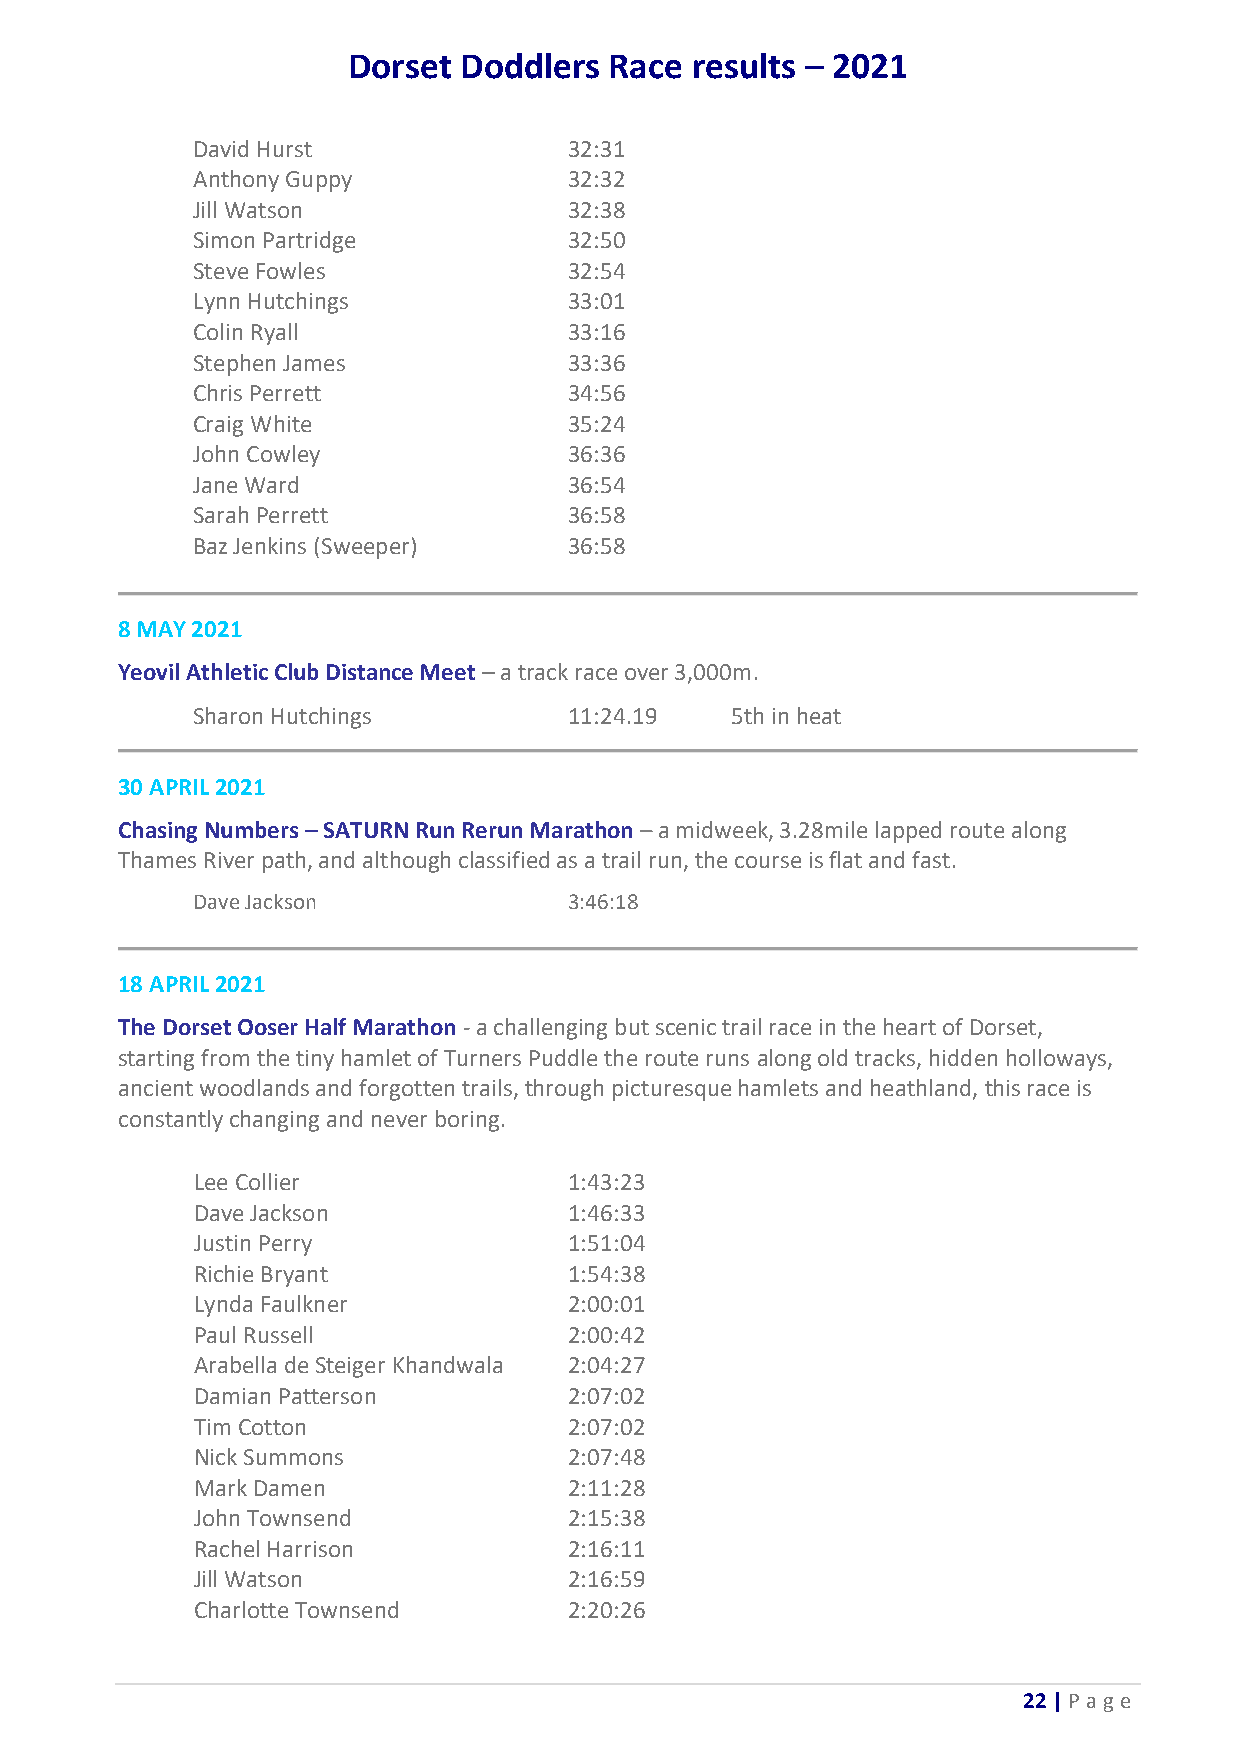
Dorset Doddlers  Race  results – 2021
 David Hurst              32:31
 Anthony Guppy            32:32
 Jill Watson              32:38
 Simon Partridge          32:50
 Steve Fowles             32:54
 Lynn Hutchings           33:01
 Colin Ryall              33:16
 Stephen James            33:36
 Chris Perrett            34:56
 Craig White              35:24
 John Cowley              36:36
 Jane Ward                36:54
 Sarah Perrett            36:58
 Baz Jenkins (Sweeper)    36:58
 8 MAY 2021
 Yeovil Athletic Club Distance Meet – a track race over 3,000m.
 Sharon Hutchings         11:24.19  5th in heat
 30 APRIL 2021
 Chasing Numbers – SATURN Run Rerun Marathon – a midweek, 3.28mile lapped route along
 Thames River path, and although classified as a trail run, the course is flat and fast.
 Dave Jackson             3:46:18
 18 APRIL 2021
 The Dorset Ooser Half Marathon - a challenging but scenic trail race in the heart of Dorset,
 starting from the tiny hamlet of Turners Puddle the route runs along old tracks, hidden holloways,
 ancient woodlands and forgotten trails, through picturesque hamlets and heathland, this race is
 constantly changing and never boring.
 Lee Collier              1:43:23
 Dave Jackson             1:46:33
 Justin Perry             1:51:04
 Richie Bryant            1:54:38
 Lynda Faulkner           2:00:01
 Paul Russell             2:00:42
 Arabella de Steiger Khandwala 2:04:27
 Damian Patterson         2:07:02
 Tim Cotton               2:07:02
 Nick Summons             2:07:48
 Mark Damen               2:11:28
 John Townsend            2:15:38
 Rachel Harrison          2:16:11
 Jill Watson              2:16:59
 Charlotte Townsend       2:20:26
 22 | P age